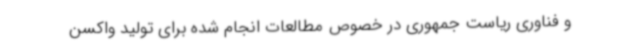
و فناوری ریاست جمهوری در خصوص مطالعات انجام شده برای تولید واکسن